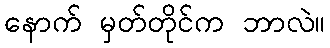
နောက် မှတ်တိုင်က ဘာလဲ။